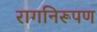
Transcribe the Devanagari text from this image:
रागनिरूपण